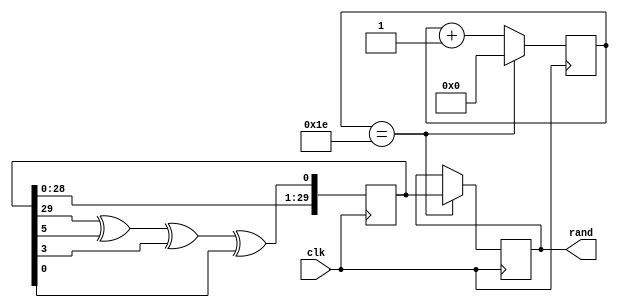
module LFSR(
    input clk,
    output [29:0] rand
);

wire feedback = random[29] ^ random[5] ^ random[3] ^ random[0];

reg [29:0] random, random_next, random_done;
reg [4:0] count, count_next;

initial begin
    random <= 30'hF;
    count <= 0;
end

always @ (posedge clk) begin
    random <= random_next;
    count <= count_next;
    
    if (count == 30) begin
        count <= 0;
        random_done <= random;
    end
end

always @ (*) begin
    random_next = random;
    count_next = count;
    
    random_next = {random[28:0], feedback};
    count_next = count + 1;
end

assign rand = random_done;

endmodule